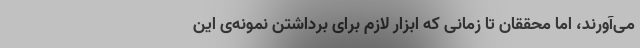
می‌آورند، اما محققان تا زمانی که ابزار لازم برای برداشتن نمونه‌ی این